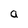
Character: a